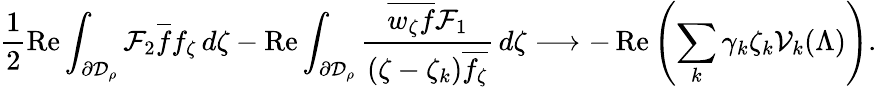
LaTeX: \frac 12\operatorname{Re}\int_{\partial\mathcal{D}_{\rho}}\mathcal{F}_{2}\overline{f}f_{\zeta}\, d\zeta-\operatorname{Re}\int_{\partial\mathcal{D}_{\rho}}\frac{\overline{{w_{\zeta}f}}\mathcal{F}_{1}}{(\zeta-\zeta_{k})\overline{{f_{\zeta}}}}\, d\zeta\longrightarrow-\operatorname{Re}\left(\sum_{k}\gamma_{k}\zeta_{k}\mathcal{V}_{k}(\Lambda)\right).